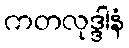
ကတလုဒ္ဒါနံ